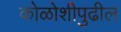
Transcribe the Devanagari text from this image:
कोळोशीपुढील